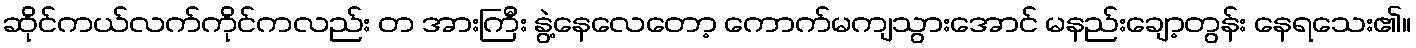
ဆိုင်ကယ်လက်ကိုင်ကလည်း တ အားကြီး နွဲ့နေလေတော့ ကောက်မကျသွားအောင် မနည်းချော့တွန်း နေရသေး၏။